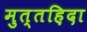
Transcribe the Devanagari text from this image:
मुत्तह़िदा